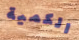
الكمية